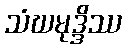
သံဃမုဒ္ဒိဿ